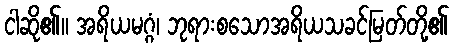
ငါဆို၏။ အရိယမဂ္ဂံ၊ ဘုရားစသောအရိယသခင်မြတ်တို့၏